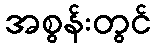
အစွန်းတွင်